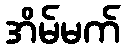
အိမ်မက်